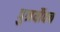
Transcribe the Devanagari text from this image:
पुनर्यौवन